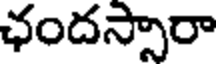
ఛందస్సారా